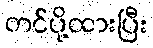
တင်ပို့ထားပြီး